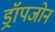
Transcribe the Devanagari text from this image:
ड्रॉपजोन